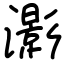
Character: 𤂖